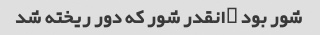
شور بود …انقدر شور که دور ریخته شد ‌